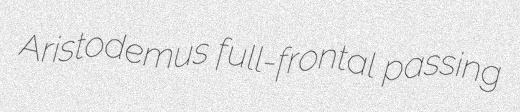
Aristodemus full-frontal passing